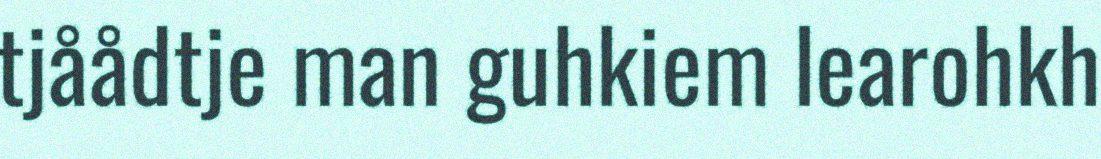
tjåådtje man guhkiem learohkh